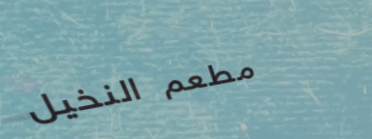
مطعم النخيل